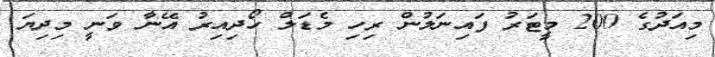
މިއަދުގެ 200 މީޓަރު ފައިނަލުން ރިހި މެޑަލް ހޯދިއިރު އޭނާ ވަނީ މިދިޔަ